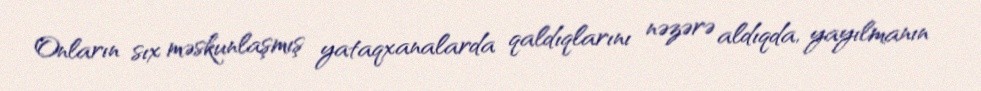
Onların sıx məskunlaşmış yataqxanalarda qaldıqlarını nəzərə aldıqda, yayılmanın